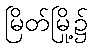
မြိတ်မြို့၌